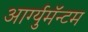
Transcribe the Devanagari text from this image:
आर्ग्युमॅन्टम